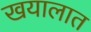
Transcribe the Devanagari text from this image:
खयालात